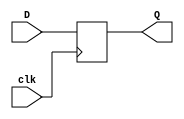
`timescale 1ns / 1ps
//////////////////////////////////////////////////////////////////////////////////
// Company: AMD
// 
// Design Name: LED blackboard testing
// Module Name: top
// Project Name: --//--
// Target Devices: xc7z007sclg400-1
// Tool Versions: --//--
// Description: --//--
// 
// Dependencies: None
// 
// Revision: 0.01
// Revision 0.01 - File Created
// Additional Comments:
// 
//////////////////////////////////////////////////////////////////////////////////

module CBB_D(
        input clk,
        input D,
        output reg Q
        );
        always@(posedge clk)
            Q <= D;
endmodule


/*module top(
        input clk,
        input SW,
        output LED
        );
        
        CBB_D dut(
            .clk(clk),
            .D(sw[0]),
            .Q(led[0])
            ); 
            
endmodule*/